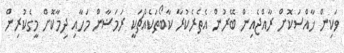
ވަކިން ޚާއްސަކޮށް ރާއްޖެއިން ބޭރުން އެތެރެކުރާ ކާބޯތަކެއްޗަކީ ރަމަޟާން މަހާއި ދިމާކޮށް މީގެކުރިން